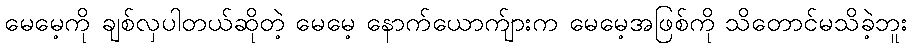
မေမေ့ကို ချစ်လှပါတယ်ဆိုတဲ့ မေမေ့ နောက်ယောက်ျားက မေမေ့အဖြစ်ကို သိတောင်မသိခဲ့ဘူး